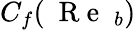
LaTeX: C_{f}(\mathrm{~{~R~e~}~}_{b})